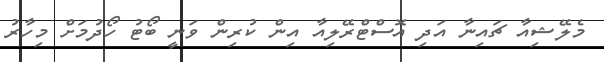
މެލޭޝިއާ ޗައިނާ އަދި އޮސްޓްރޭލިއާ އިން ކުރިން ވަނީ ބޯޓު ހޯދުމަށް މިހާރު